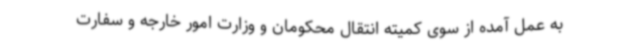
به عمل آمده از سوی کمیته انتقال محکومان و وزارت امور خارجه و سفارت